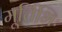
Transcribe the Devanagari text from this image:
मूर्त्तिभिः